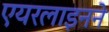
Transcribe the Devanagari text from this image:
एयरलाइनने